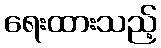
ရေးထားသည့်